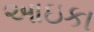
આઇકા